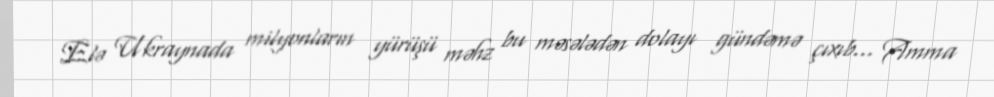
Elə Ukraynada milyonların yürüşü məhz bu məsələdən dolayı gündəmə çıxıb... Amma